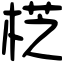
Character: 𣔰